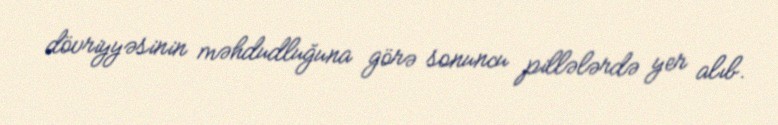
dövriyyəsinin məhdudluğuna görə sonuncu pillələrdə yer alıb.